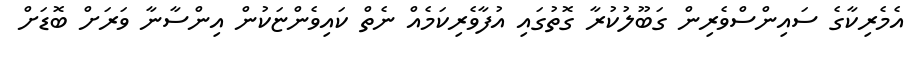
އެމެރިކާގެ ސައިންސްވެރިން ގަބޫލުކުރާ ގޮތުގައި އުފާވެރިކަމެއް ނެތް ކައިވެންޏަކުން އިންސާނާ ވަރަށް ބޮޑަށް